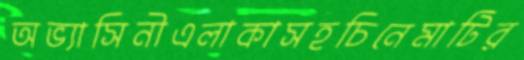
অভ্যাসিনীএলাকাসহচিনেমাটির